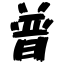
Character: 普